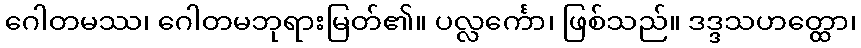
ဂေါတမဿ၊ ဂေါတမဘုရားမြတ်၏။ ပလ္လင်္ကော၊ ဖြစ်သည်။ ဒဒ္ဒသဟတ္ထော၊